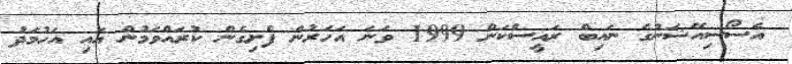
އެސޯސިއޭޝަނުގެ ނައިބް ރައީސްކަން 1999 ވަނަ އަހަރުން ފެށިގެން ކުރައްވަމުން އައި އަހުމަދު